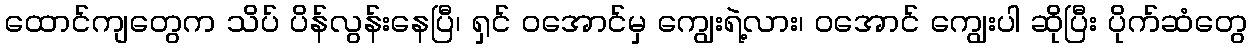
ထောင်ကျတွေက သိပ် ပိန်လွန်းနေပြီ၊ ရှင် ဝအောင်မှ ကျွေးရဲ့လား၊ ဝအောင် ကျွေးပါ ဆိုပြီး ပိုက်ဆံတွေ